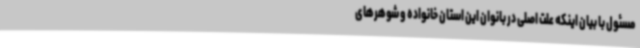
مسئول با بیان اینکه علت اصلی در بانوان این استان خانواده و شوهرهای